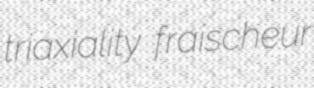
triaxiality fraischeur